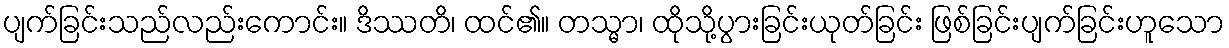
ပျက်ခြင်းသည်လည်းကောင်း။ ဒိဿတိ၊ ထင်၏။ တသ္မာ၊ ထိုသို့ပွားခြင်းယုတ်ခြင်း ဖြစ်ခြင်းပျက်ခြင်းဟူသော